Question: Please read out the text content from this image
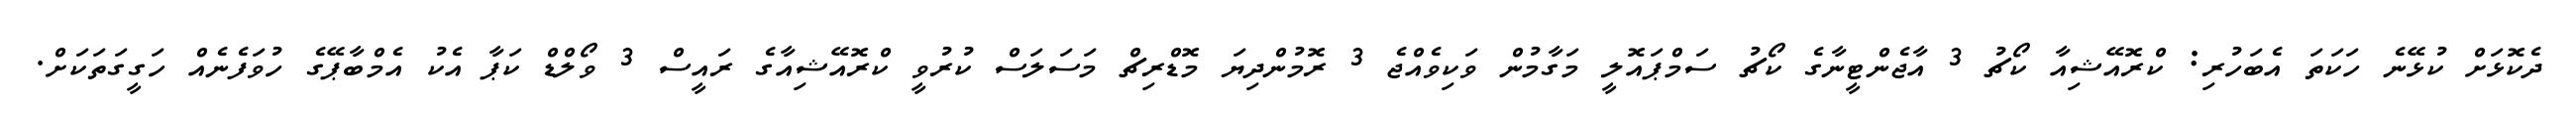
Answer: ދެކޮޅަށް ކުޅޭނެ ހަކަތަ އެބަހުރި: ކްރޮއޭޝިއާ ކޯޗު 3 އާޖެންޓީނާގެ ކޯޗު ސަމްޕައޮލީ މަގާމުން ވަކިވެއްޖެ 3 ރޮމުންދިޔަ މޮޑްރިޗް މަސަލަސް ކުރުވީ ކްރޮއޭޝިއާގެ ރައީސް 3 ވޯލްޑް ކަޕާ އެކު އެމްބާޕޭގެ ހުވަފެނެއް ހަގީގަތަކަށް.